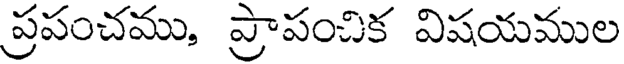
ప్రపంచము, ప్రాపంచిక విషయముల